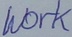
Text: Work